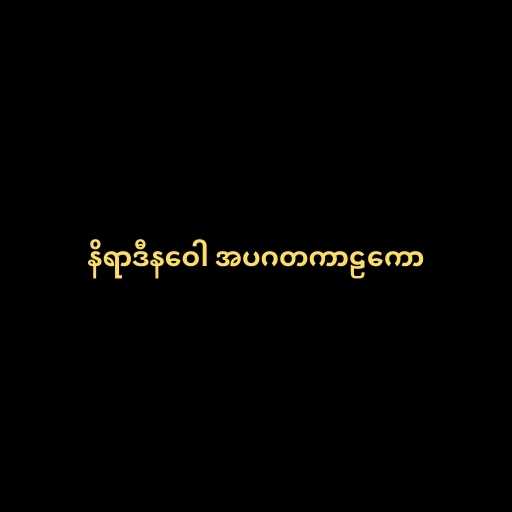
နိရာဒီနဝေါ အပဂတကာဠကော